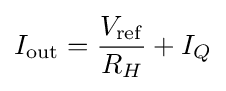
I_{\mathrm {out} }={\frac {V_{\mathrm {ref} }}{R_{H}}}+I_{Q}